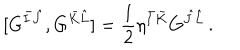
[ G ^ { \bar { I } \hat { J } } , G ^ { \bar { K } \hat { L } } ] = { \frac { 1 } { 2 } } \eta ^ { \bar { I } \bar { K } } G ^ { \hat { J } \hat { L } } \, .